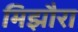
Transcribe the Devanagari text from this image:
मिझौरा